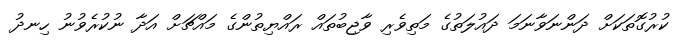
ކުރުގޮތަކަށް ދަންނަވާނަމަ ދައުލަތުގެ މަތިވެރި ވާޖިބުތައް ރައްޔިތުންގެ މައްޗަށް އަދާ ނުކުރެވުނު ހިނދު